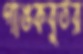
গাঙকবুতর